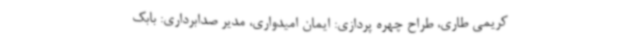
کریمی طاری، طراح چهره پردازی: ایمان امیدواری، مدیر صدابرداری: بابک